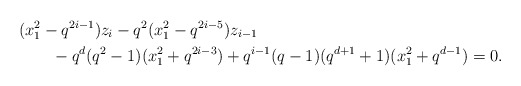
\begin{align*} & (x_1^2 - q^{2i-1}) z_i - q^2 (x_1^2 - q^{2i-5}) z_{i-1} \\ & \qquad - q^d (q^2-1)(x_1^2 + q^{2i-3}) + q^{i-1}(q-1)(q^{d+1}+1)(x_1^2 + q^{d-1}) =0. \end{align*}